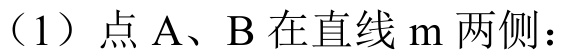
（1）点\(A\)、\(B\)在直线\(m\)两侧：